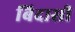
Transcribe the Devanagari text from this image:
बिदासी